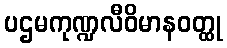
ပဌမကုဏ္ဍလီဝိမာနဝတ္ထု